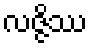
လဇ္ဇိဿ